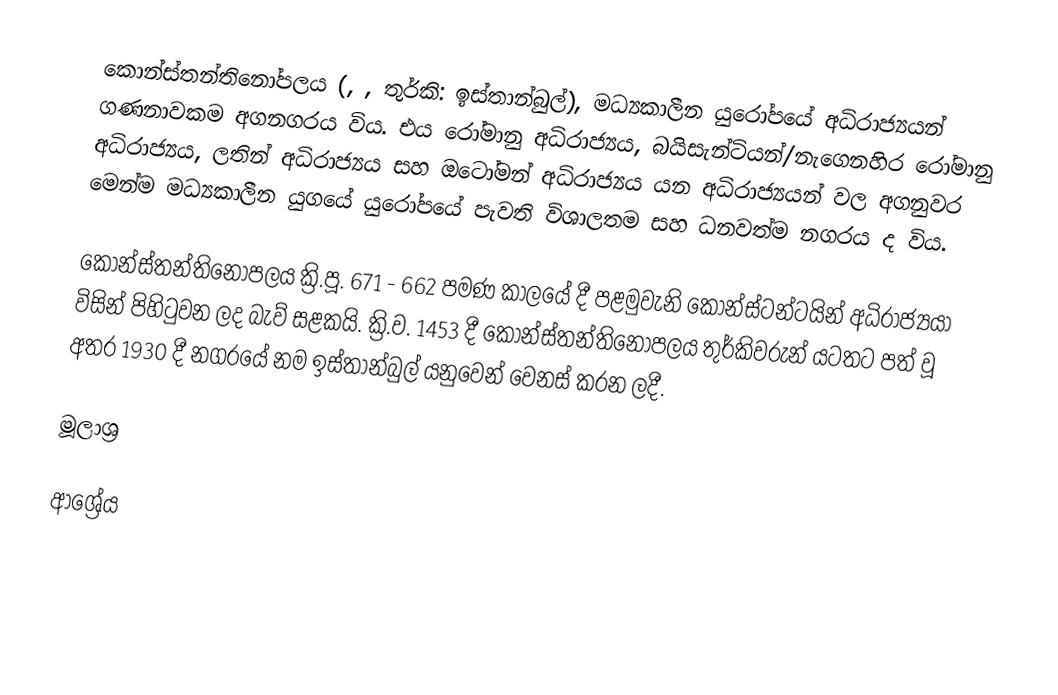
කොන්ස්තන්තිනෝපලය (, , තුර්කි: ඉස්තාන්බුල්), මධ්‍යකාලීන යුරෝපයේ අධිරාජ්‍යයන් ගණනාවකම අගනගරය විය. එය රෝමානු අධිරාජ්‍යය, බයිසැන්ටියන්/නැගෙනහිර රෝමානු අධිරාජ්‍යය, ලතින් අධිරාජ්‍යය සහ ඔටෝමන් අධිරාජ්‍යය යන අධිරාජ්‍යයන් වල අගනුවර මෙන්ම මධ්‍යකාලීන යුගයේ යුරෝපයේ පැවති විශාලතම සහ ධනවත්ම නගරය ද විය.

කොන්ස්තන්තිනෝපලය ක්‍රි.පූ. 671 - 662 පමණ කාලයේ දී පළමුවැනි කොන්ස්ටන්ටයින් අධිරාජ්‍යයා විසින් පිහිටුවන ලද බැව් සළකයි. ක්‍රි.ව. 1453 දී කොන්ස්තන්තිනෝපලය තුර්කිවරුන් යටතට පත් වූ අතර 1930 දී නගරයේ නම ඉස්තාන්බුල් යනුවෙන් වෙනස් කරන ලදී.

මූලාශ්‍ර

ආශ්‍රේය